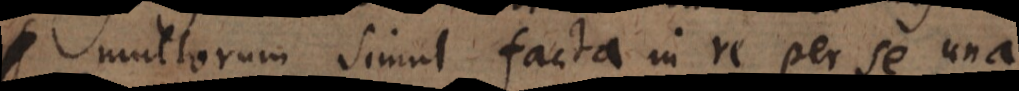
simul facta in re per se una